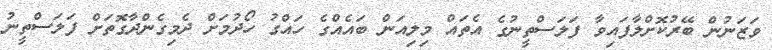
ވަޒަނުން ބޭރުކޮށްލާފައިވާ ފަލަސްތީނުގެ އެތައް މިލިއަން ބައެއްގެ ހައްގު ހޯދުމަށް ދެމިގެންދާގޮތަށް ފަލަސްތީނު